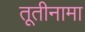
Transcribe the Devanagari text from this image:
तूतीनामा